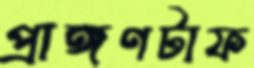
প্রাঙ্গণটাফ